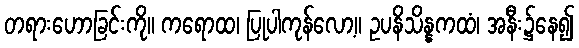
တရားဟောခြင်းကို။ ကရောထ၊ ပြုပါကုန်လော့။ ဥပနိသိန္နကထံ၊ အနီး၌နေ၍